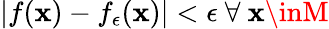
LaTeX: |f(\mathbf{x})-f_{\epsilon}(\mathbf{x})|<\epsilon~\forall~\mathbf{x}\inM